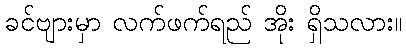
ခင်ဗျားမှာ လက်ဖက်ရည် အိုး ရှိသလား။